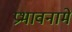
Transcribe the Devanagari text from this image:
प्रभावनामे